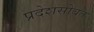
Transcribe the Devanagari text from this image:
प्रदेशसोबत